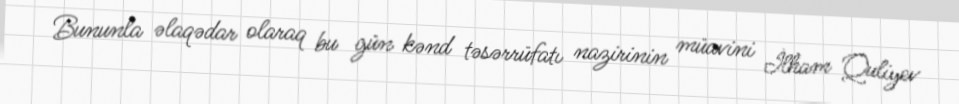
Bununla əlaqədar olaraq bu gün kənd təsərrüfatı nazirinin müavini İlham Quliyev